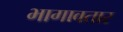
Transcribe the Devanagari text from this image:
भागावतार